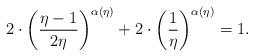
LaTeX: \begin{align*} 2\cdot {\bigg(\frac{\eta-1}{2\eta}\bigg)}^{\alpha(\eta)} + 2 \cdot {\bigg(\frac{1}{\eta}\bigg)}^{\alpha(\eta)} = 1. \end{align*}